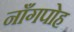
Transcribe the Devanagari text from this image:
नाँगपोह